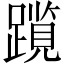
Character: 𫏠